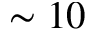
\sim 1 0